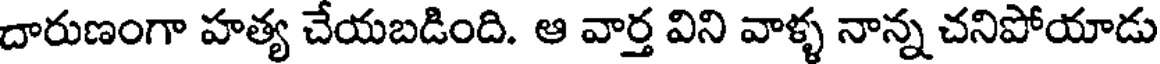
దారుణంగా హత్య చేయబడింది. ఆ వార్త విని వాళ్ళ నాన్న చనిపోయాడు